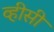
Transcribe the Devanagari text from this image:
व्हीसी